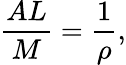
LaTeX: {\frac{AL}{M}}={\frac{1}{\rho}},